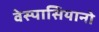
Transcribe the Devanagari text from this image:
वेस्पासियानो